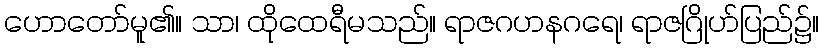
ဟောတော်မူ၏။ သာ၊ ထိုထေရီမသည်။ ရာဇဂဟနဂရေ၊ ရာဇဂြိုဟ်ပြည်၌။